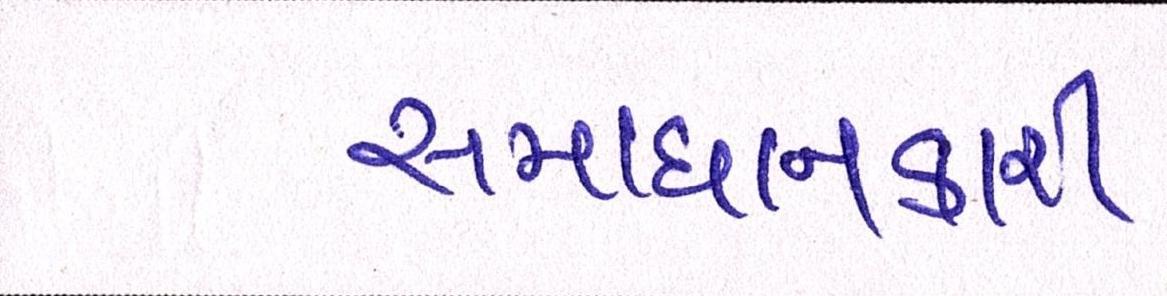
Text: સમાધાનકારી